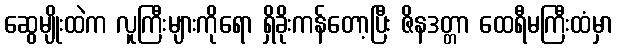
ဆွေမျိုးထဲက လူကြီးများကိုရော ရှိခိုးကန်တော့ပြီး ဇိနဒတ္တာ ထေရီမကြီးထံမှာ